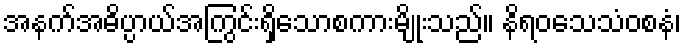
အနက်အဓိပ္ပာယ်အကြွင်းရှိသောစကားမျိုးသည်။ နိရဝသေသံဝစနံ၊